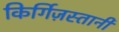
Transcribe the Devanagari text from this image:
किर्गिज़स्तानी